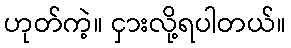
ဟုတ်ကဲ့။ ငှားလို့ရပါတယ်။